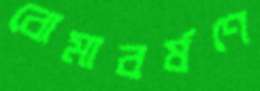
বোমাবর্ষণে